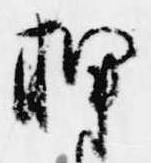
押